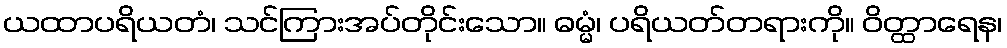
ယထာပရိယတံ၊ သင်ကြားအပ်တိုင်းသော။ ဓမ္မံ၊ ပရိယတ်တရားကို။ ဝိတ္ထာရေန၊